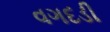
વગદડી